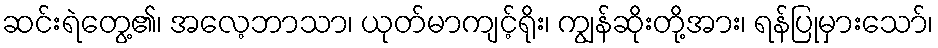
ဆင်းရဲတွေ့၏၊ အလေ့ဘာသာ၊ ယုတ်မာကျင့်ရိုး၊ ကျွန်ဆိုးတို့အား၊ ရန်ပြုမှားသော်၊